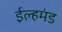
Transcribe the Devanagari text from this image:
ईल्हमंड